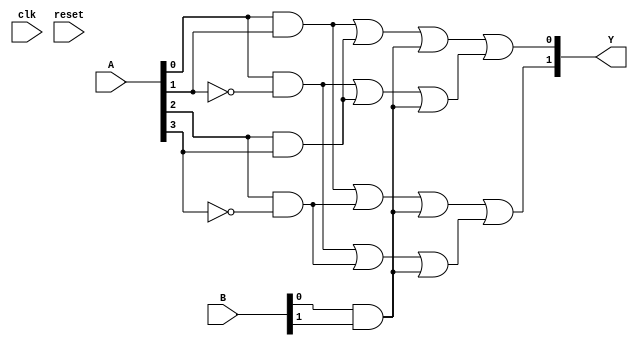
module GAL (
    input wire [N-1:0] A,      // N inputs
    input wire [M-1:0] B,      // M additional inputs (if needed)
    output wire [P-1:0] Y,     // P outputs
    input wire clk,             // Clock signal for synchronous design (if needed)
    input wire reset            // Reset signal
);

// Parameters defining the number of inputs and outputs
parameter N = 4; // Number of inputs
parameter M = 2; // Additional inputs (if any)
parameter P = 2; // Number of outputs
parameter AND_ROWS = 8; // Number of product terms
parameter OR_ROWS = 4;  // Number of OR terms

// Internal signals for AND and OR arrays
wire [AND_ROWS-1:0] and_out; // Outputs from AND array
wire [OR_ROWS-1:0] or_out;   // Outputs from OR array

// Programmable AND array
genvar i, j;
generate
    for (i = 0; i < AND_ROWS; i = i + 1) begin : AND_ARRAY
        assign and_out[i] = (A[0] & (i[0] ? ~A[1] : A[1])) |
                             (A[2] & (i[1] ? ~A[3] : A[3])) |
                             (B[0] & (i[2] ? ~B[1] : B[1]));
    end
endgenerate

// Programmable OR array
generate
    for (j = 0; j < P; j = j + 1) begin : OR_ARRAY
        assign Y[j] = or_out[j]; // Connect OR output to output Y
    end
endgenerate

// OR logic combining the AND outputs
assign or_out[0] = and_out[0] | and_out[1]; // Example combinations
assign or_out[1] = and_out[2] | and_out[3]; // Example combinations
assign or_out[2] = and_out[4] | and_out[5]; // Example combinations
assign or_out[3] = and_out[6] | and_out[7]; // Example combinations

// Feedback paths (if needed)
// Example: if feedback is required, it can be added here

// Timing considerations (not implemented in this example)
// This would typically involve specifying timing constraints and delays

endmodule